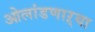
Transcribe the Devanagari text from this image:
ओलांडणाऱ्या